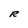
Character: R